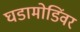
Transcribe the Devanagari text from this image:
घडामोडिंवर